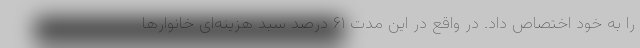
را به خود اختصاص داد. در واقع در این مدت ۶۱ درصد سبد هزینه‌ای خانوارها